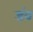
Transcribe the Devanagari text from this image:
डंब